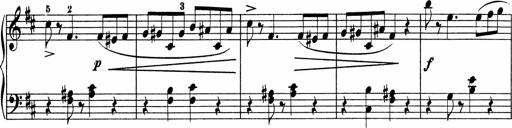
Title: 5 Sonatinen fÃ¼r die Jugend
Composer: Carl Reinecke